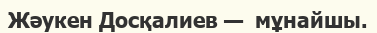
Жәукен Досқалиев —  мұнайшы.